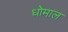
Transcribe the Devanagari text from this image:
धोमाल